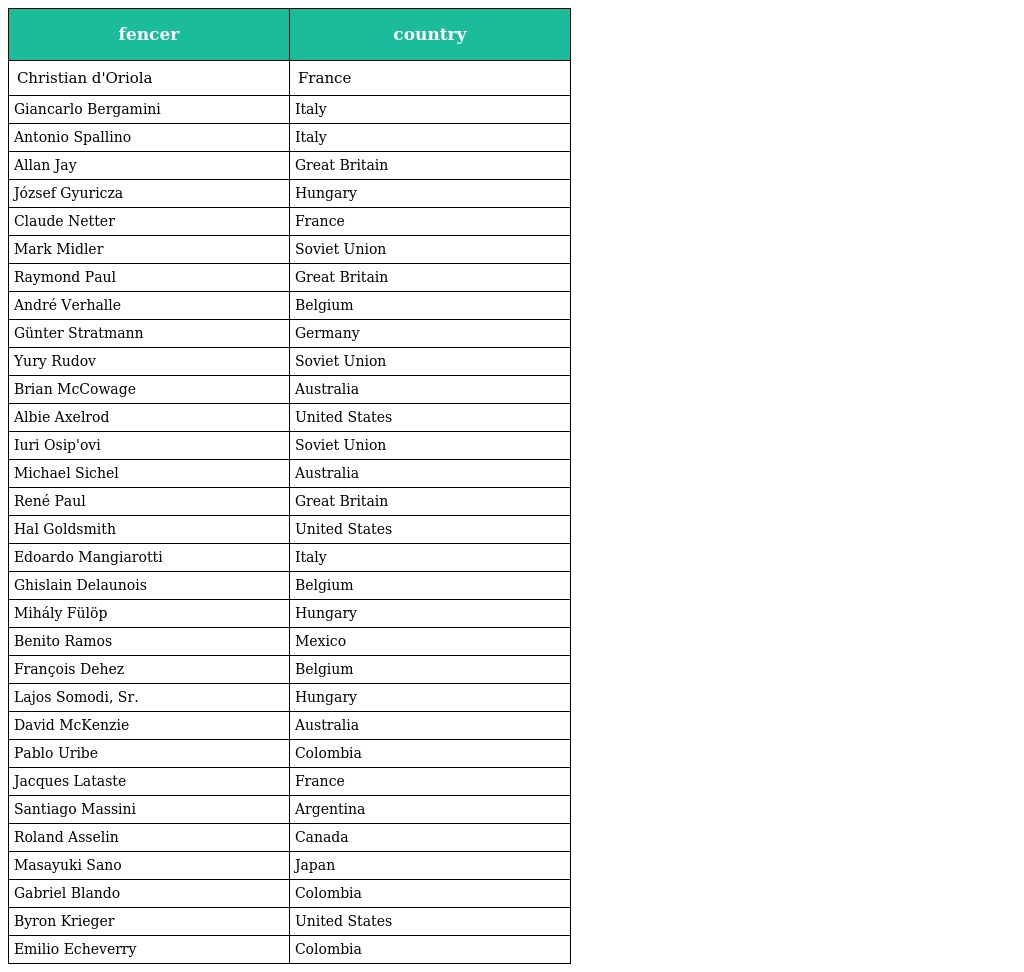
| fencer | country |
 | --- | --- |
 | Christian d'Oriola | France |
 | Giancarlo Bergamini | Italy |
 | Antonio Spallino | Italy |
 | Allan Jay | Great Britain |
 | József Gyuricza | Hungary |
 | Claude Netter | France |
 | Mark Midler | Soviet Union |
 | Raymond Paul | Great Britain |
 | André Verhalle | Belgium |
 | Günter Stratmann | Germany |
 | Yury Rudov | Soviet Union |
 | Brian McCowage | Australia |
 | Albie Axelrod | United States |
 | Iuri Osip'ovi | Soviet Union |
 | Michael Sichel | Australia |
 | René Paul | Great Britain |
 | Hal Goldsmith | United States |
 | Edoardo Mangiarotti | Italy |
 | Ghislain Delaunois | Belgium |
 | Mihály Fülöp | Hungary |
 | Benito Ramos | Mexico |
 | François Dehez | Belgium |
 | Lajos Somodi, Sr. | Hungary |
 | David McKenzie | Australia |
 | Pablo Uribe | Colombia |
 | Jacques Lataste | France |
 | Santiago Massini | Argentina |
 | Roland Asselin | Canada |
 | Masayuki Sano | Japan |
 | Gabriel Blando | Colombia |
 | Byron Krieger | United States |
 | Emilio Echeverry | Colombia |